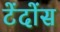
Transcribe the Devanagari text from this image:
टेंदोंस